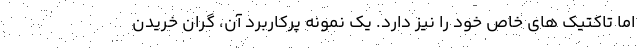
اما تاکتیک های خاص خود را نیز دارد. یک نمونه پرکاربرد آن، گران خریدن